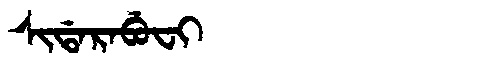
Manchu: ᠰᡳᡩᠠᡵᠠᠪᡠᠸᡳ
Romanization: SIDARABUFI